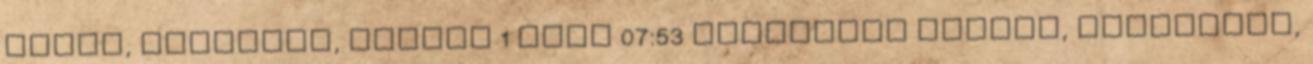
álarc, lovaglás, szopás 1 hete 07:53 HellPorno sperma, mélytorok,